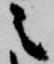
之